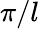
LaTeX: \pi/l